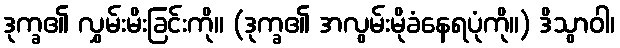
ဒုက္ခ၏ လွှမ်းမိးခြင်းကို။ (ဒုက္ခ၏ အလွမ်းမိုခံနေရပုံကို။) ဒိသွာဝါ၊